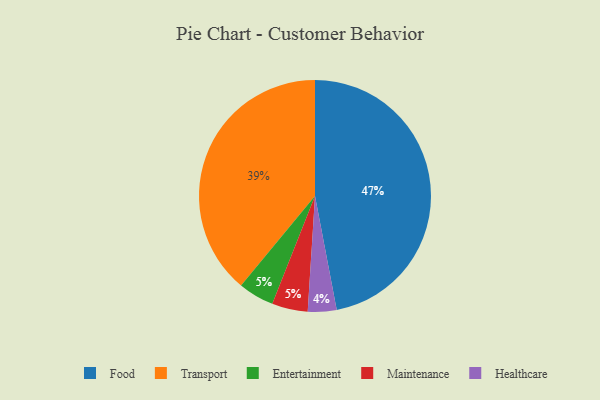
{"axis": {"x": "Category", "y": "Percentage"}, "legend": ["Entertainment", "Food", "Healthcare", "Maintenance", "Transport"], "data": [{"x": "Entertainment", "y": 5, "type": "Entertainment"}, {"x": "Maintenance", "y": 5, "type": "Maintenance"}, {"x": "Healthcare", "y": 4, "type": "Healthcare"}, {"x": "Transport", "y": 39, "type": "Transport"}, {"x": "Food", "y": 47, "type": "Food"}]}